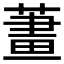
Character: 𦹓